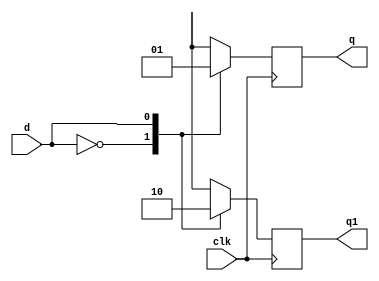
module S3A1(d,clk,q,q1);
    
input d,clk;
output reg q,q1;

initial 
begin
q=1'b0; 
q1=1'b1; 
end
	 
always @(posedge clk)
begin
case(d)
    {1'b0}: begin q=1'b0; q1=1'b1; end
    {1'b1}: begin q=1'b1; q1=1'b0; end
endcase
end
endmodule